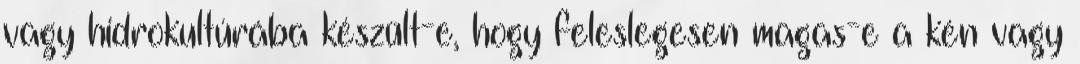
vagy hidrokultúrába készült-e, hogy feleslegesen magas-e a kén vagy